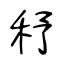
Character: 𥝱